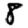
Digit: 8